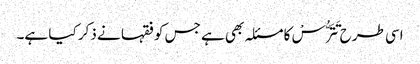
اسی طرح تَتَرُّسْ کا مسئلہ بھی ہے جس کو فقہا نے ذکر کیا ہے۔